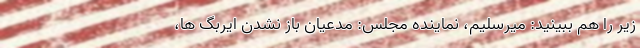
زیر را هم ببینید: میرسلیم، نماینده مجلس: مدعیان باز نشدن ایربگ ها،